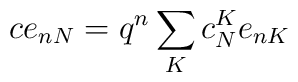
c e_{nN}= q^{n} \sum_{K} c_{N}^{K} e_{nK}